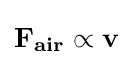
\mathbf {F_{air}} \propto \mathbf {v}